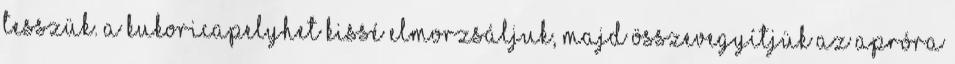
tesszük. A kukoricapelyhet kissé elmorzsáljuk, majd összevegyítjük az apróra